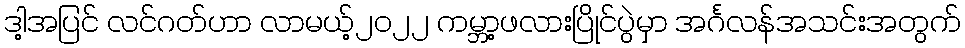
ဒါ့အပြင် လင်ဂတ်ဟာ လာမယ့်၂၀၂၂ ကမ္ဘာ့ဖလားပြိုင်ပွဲမှာ အင်္ဂလန်အသင်းအတွက်